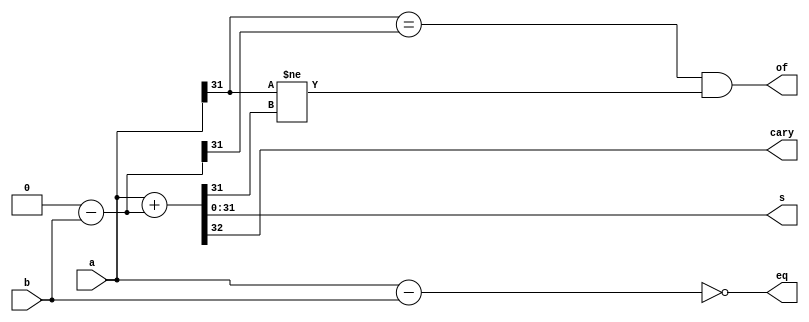
`timescale 1ns / 1ps
//////////////////////////////////////////////////////////////////////////////////
// Company: 
// Engineer: 
// 
// Design Name: 
// Module Name: subtractor_ALU
// Project Name: 
// Target Devices: 
// Tool Versions: 
// Description: 
// 
// Dependencies: 
// 
// Revision:
// Revision 0.01 - File Created
// Additional Comments:
// 
//////////////////////////////////////////////////////////////////////////////////

module subtractor_ALU(
    input [31:0] a,
    input [31:0] b,
    output [31:0] s,
    output cary,
    output of,
    output eq
    );

    wire [32:0] intermediate_sum;
    wire [32:0] carry_sum;
    wire [31:0] b_sub;
    wire msb_a = a[31];
    wire msb_b = b[31];
    wire msb_s;

    assign b_sub = 0-b;

    assign eq = (a-b == 0);

    assign of = (a[31] == b_sub[31]) && (a[31] != s[31]);

    assign intermediate_sum = {a[31], a} + {b[31], b_sub};
    assign carry_sum = a + b_sub;
    assign s = carry_sum[31:0];
    assign cary = carry_sum[32];

endmodule